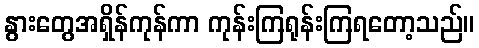
နွားတွေအရှိန်ကုန်ကာ ကုန်းကြရုန်းကြရတော့သည်။